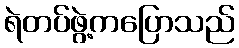
ရဲတပ်ဖွဲ့ကပြောသည်